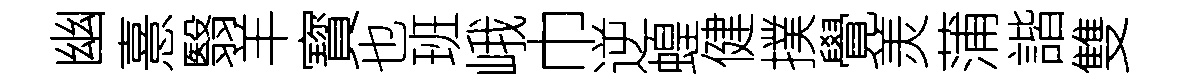
幽憙翳羊寳也班峨巾逆蝗健撲覺羙蒲諧雙